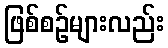
ဖြစ်စဉ်များလည်း